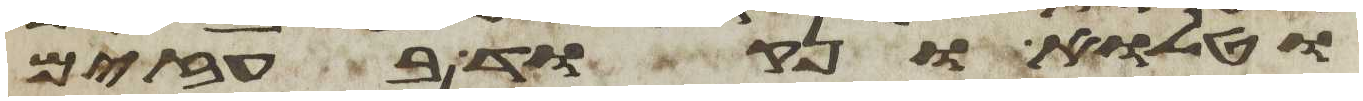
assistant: וטלוא ונקוד בעזים